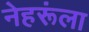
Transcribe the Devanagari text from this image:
नेहरूंला